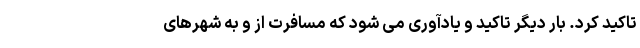
تاکید کرد. بار دیگر تاکید و یادآوری می­ شود که مسافرت از و به شهرهای